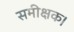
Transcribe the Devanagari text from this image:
समीक्षक।